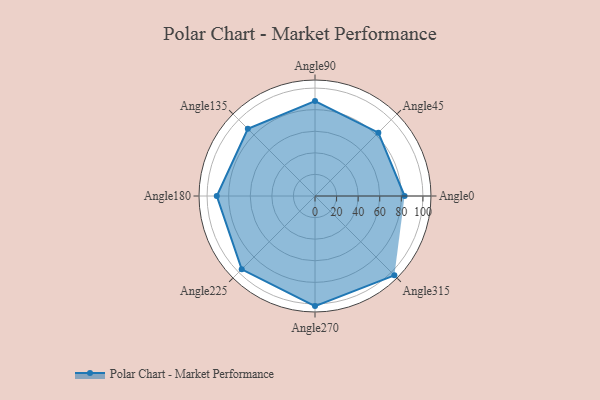
{"axis": {"x": "Angle", "y": "Radius"}, "legend": [""], "data": [{"x": "Angle0", "y": 83.0, "type": ""}, {"x": "Angle45", "y": 83.0, "type": ""}, {"x": "Angle90", "y": 88.0, "type": ""}, {"x": "Angle135", "y": 88.0, "type": ""}, {"x": "Angle180", "y": 91.0, "type": ""}, {"x": "Angle225", "y": 96.0, "type": ""}, {"x": "Angle270", "y": 102.0, "type": ""}, {"x": "Angle315", "y": 104.0, "type": ""}]}